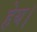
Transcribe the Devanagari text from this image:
हेय।